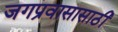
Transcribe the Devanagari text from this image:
जगप्रवासासाठी